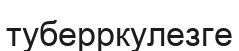
туберркулезге